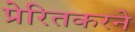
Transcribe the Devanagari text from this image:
प्रेरितकरने